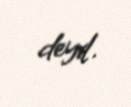
deyil.